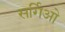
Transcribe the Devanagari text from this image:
सर्गिओ